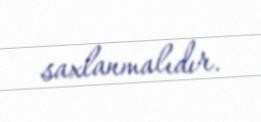
saxlanmalıdır.